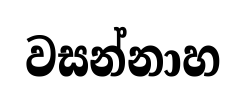
වසන්නාහ